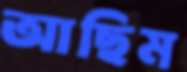
আছিম